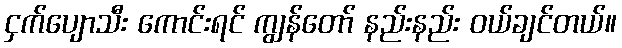
ငှက်ပျောသီး ကောင်းရင် ကျွန်တော် နည်းနည်း ဝယ်ချင်တယ်။